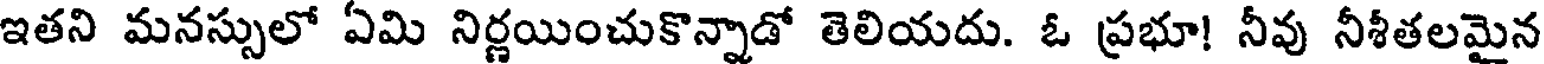
ఇతని మనస్సులో ఏమి నిర్ణయించుకొన్నాడో తెలియదు. ఓ ప్రభూ! నీవు నీశీతలమైన